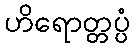
ဟိရောတ္တပ္ပံ